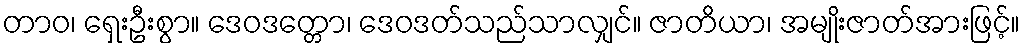
တာဝ၊ ရှေးဦးစွာ။ ဒေဝဒတ္တော၊ ဒေဝဒတ်သည်သာလျှင်။ ဇာတိယာ၊ အမျိုးဇာတ်အားဖြင့်။